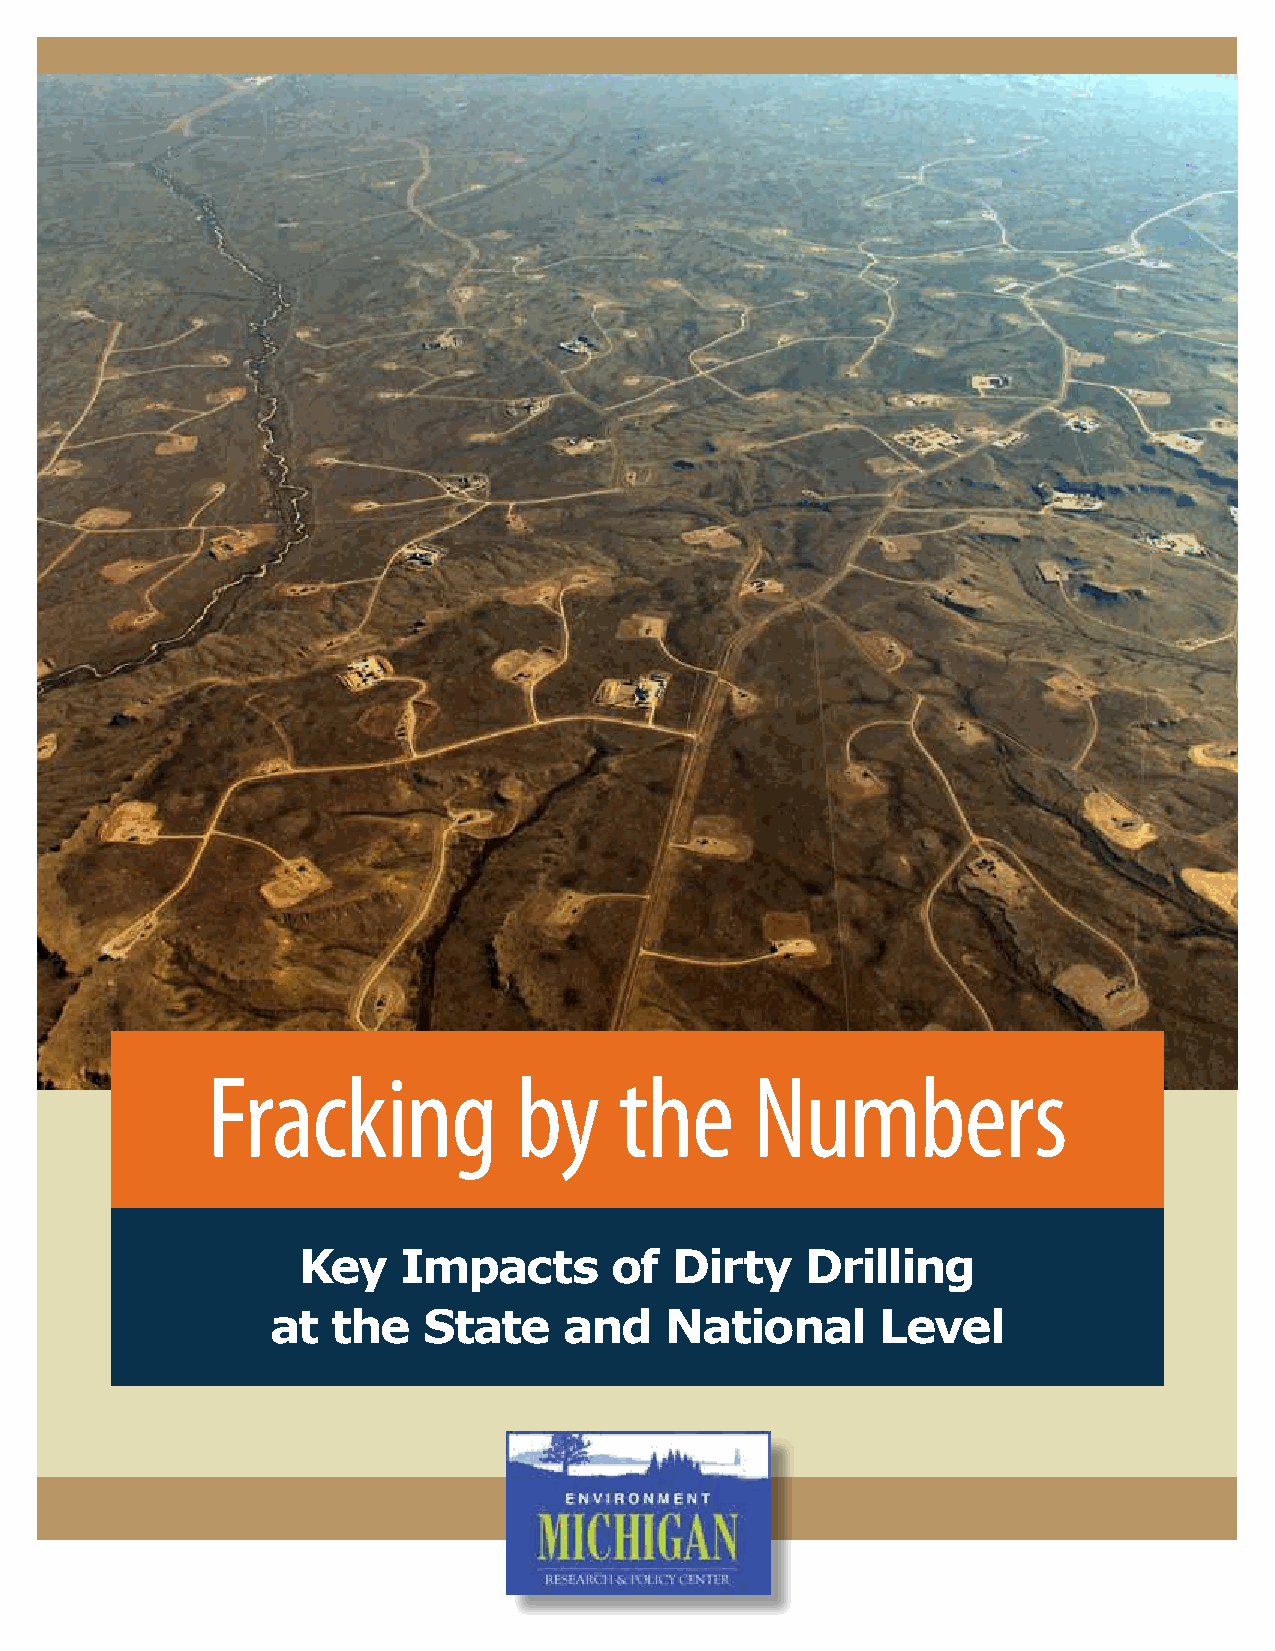
Fracking            by     the      Numbers
 Key   Impacts       of  Dirty    Drilling
 at  the   State    and    National      Level